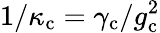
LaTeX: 1/\kappa_{\mathrm{c}}=\gamma_{\mathrm{c}}/g_{\mathrm{c}}^{2}